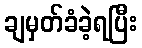
ချမှတ်ခံခဲ့ရပြီး